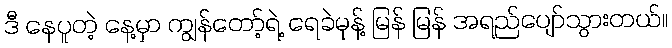
ဒီ နေပူတဲ့ နေ့မှာ ကျွန်တော့်ရဲ့ ရေခဲမုန့် မြန် မြန် အရည်ပျော်သွားတယ်။